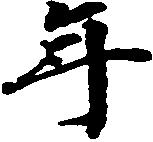
年